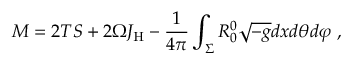
M = 2 T S + 2 \Omega J _ { \mathrm { H } } - \frac { 1 } { 4 \pi } \int _ { \Sigma } R _ { 0 } ^ { 0 } \sqrt { - g } d x d \theta d \varphi \ ,